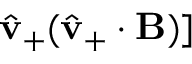
\hat { \mathbf { v } } _ { + } ( \hat { \mathbf { v } } _ { + } \cdot \mathbf { B } ) ]